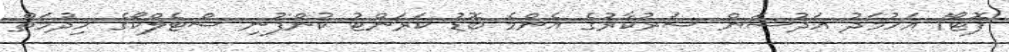
ފޮޓޯ/ އަހުމަދު އަދުޝަން ސަރުކާރުގެ އެންމެ ބޮޑު ކަރަންޓު ކުންފުނި ސްޓެލްކޯގެ ހިދުމަތް